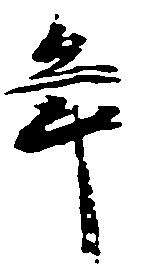
年